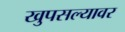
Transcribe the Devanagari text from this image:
खुपसल्यावर